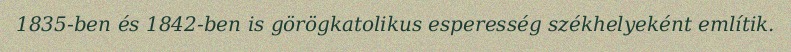
1835-ben és 1842-ben is görögkatolikus esperesség székhelyeként említik.